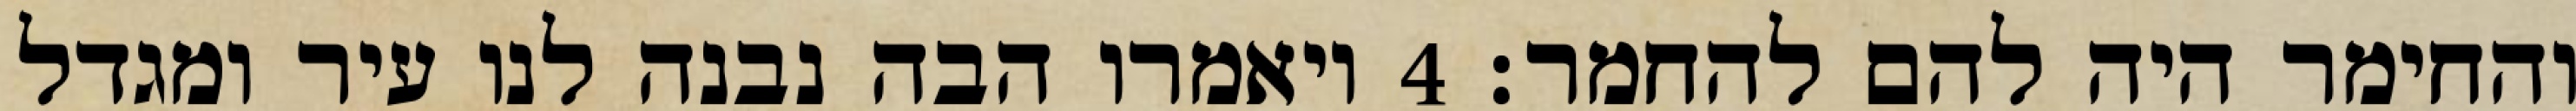
והחימר היה להם להחמר׃ ‎4‏ ויאמרו הבה נבנה לנו עיר ומגדל